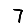
Digit: 7